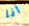
أنا